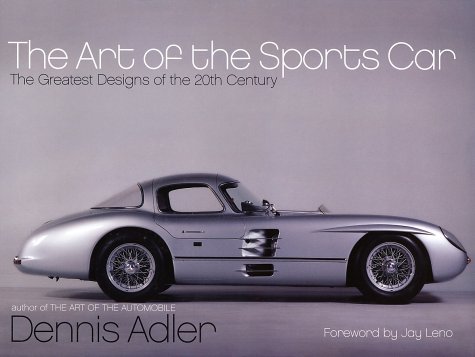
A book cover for The Art of the Sports Car: The Greatest Designs of the 20th Century; Dennis Adler; Crafts, Hobbies & Home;